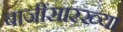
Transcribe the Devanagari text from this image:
बाजींसारख्या